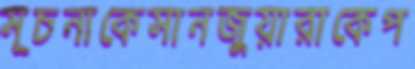
সূচনাকেসানজুয়ারাকেপ